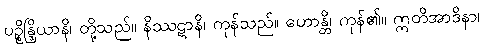
ပဉ္စိန္ဒြိယာနိ၊ တို့သည်။ နိဿဋာနိ၊ ကုန်သည်။ ဟောန္တိ၊ ကုန်၏။ ဣတိအာဒိနာ၊